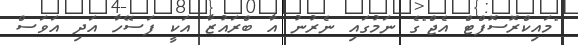
"މައިކްރޮސޮފްޓް އެޖް"ގެ ނަމުގައި ނެރުނު އާ ބްރައުޒާ އަކީ ފަސޭހާ އަދި އަވަސް